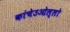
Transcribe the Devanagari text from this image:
कांचेउओल्लो